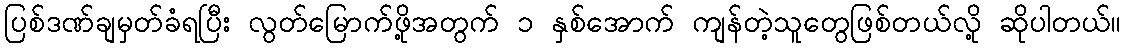
ပြစ်ဒဏ်ချမှတ်ခံရပြီး လွတ်မြောက်ဖို့အတွက် ၁ နှစ်အောက် ကျန်တဲ့သူတွေဖြစ်တယ်လို့ ဆိုပါတယ်။